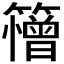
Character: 𮆱